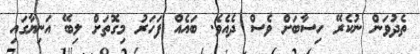
ތެދުވަން ނުކެރޭ ހިސާބަށް ވެސް ދެއެވެ. ބައެއް ފަހަރު މިގޮތަށް ލިބޭ އަނިޔާގައި